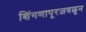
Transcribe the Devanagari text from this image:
शिंगणापूरजवळून